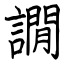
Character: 譋